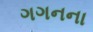
ગગનના